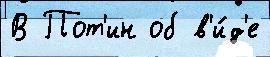
В Пот'ин об в'и́д'е